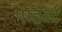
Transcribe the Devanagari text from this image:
एम्हेर्स्ट